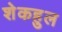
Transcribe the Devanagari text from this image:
शेकहुल